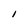
Character: I